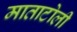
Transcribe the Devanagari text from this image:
माताटोली